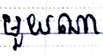
មួយណា